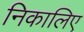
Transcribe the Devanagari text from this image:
निकालिए